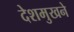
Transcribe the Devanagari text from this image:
देशमुखने